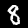
Label: 8